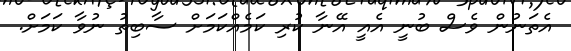
އެތަނުން ވެސް ބުނީ އެއީ އޭނާ ކުރި ކަމެއްކަމަށް ސާބިތު ނުވާ ކަމަށް.